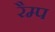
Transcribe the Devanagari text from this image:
रैम्‍प